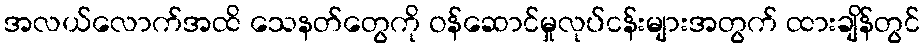
အလယ်လောက်အထိ သေနတ်တွေကို ဝန်ဆောင်မှုလုပ်ငန်းများအတွက် ထားချိန်တွင်